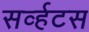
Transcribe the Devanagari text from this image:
सर्व्हटस